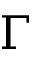
\Gamma